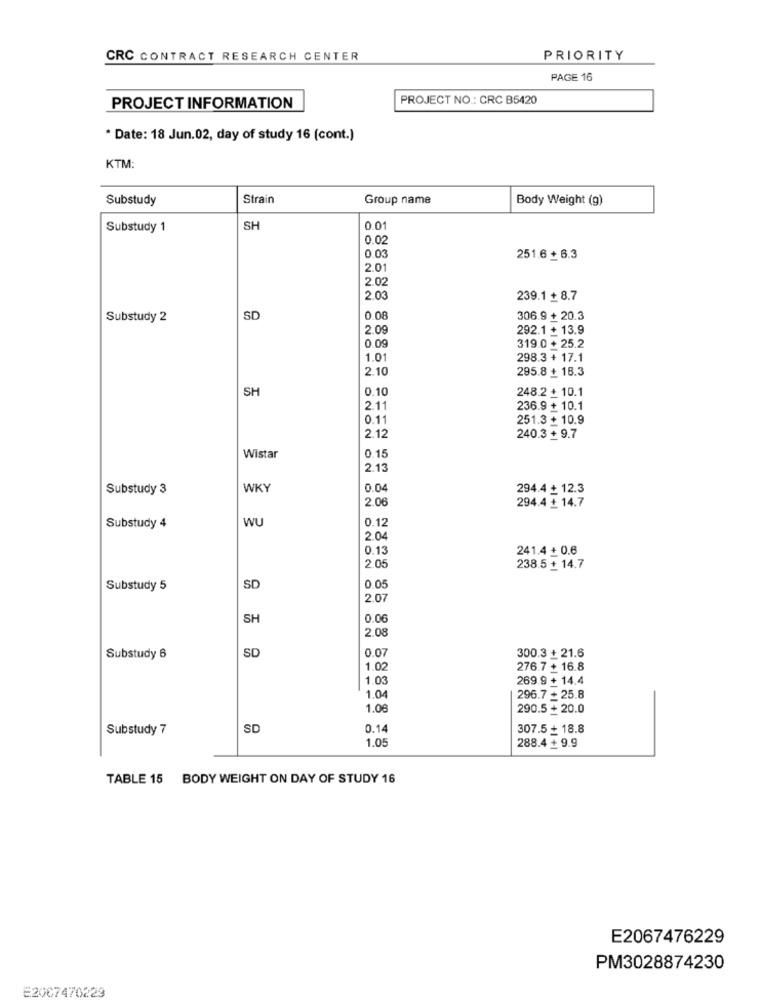
CRC CONTRACT RESEARCH CENTER
PRIORITY
PAGE 16
PROJECT NO .: CRC B5420
PROJECT INFORMATION
* Date: 18 Jun.02, day of study 16 (cont.)
KTM:
Substudy
Strain
Group name
Body Weight (g)
Substudy 1
SH
0.01
0.02
0.03
251.6 + 6.3
2.01
2.02
2.03
239.1 + 8.7
Substudy 2
SD
0.08
306.9 + 20.3
2.0
292.1 + 13.9
0.09
319.0 + 25.2
1.01
298.3 + 17.1
2.10
295.8 + 18.3
SH
0.10
248.2 + 10.1
2.11
236.9 + 10.1
0.11
251.3 + 10.9
2.12
240.3 + 9.7
Wistar
0.15
2.13
Substudy 3
WKY
0.04
294.4 + 12.3
2.06
294.4 + 14.7
WU
0.12
Substudy 4
2.0
0.13
241.4 + 0.6
2.0
238.5 + 14.7
Substudy 5
SD
0.05
2.07
SH
0.00
2.08
SD
0.07
300.3 + 21.6
Substudy 6
1.0
276.7 + 16.8
1.03
269.9 + 14.4
1.04
296.7 + 25.8
1.0€
290.5 + 20.0
Substudy 7
SD
0.1
307.5 + 18.8
1.0:
288.4 + 9.9
TABLE 15 BODY WEIGHT ON DAY OF STUDY 16
E2067476229
PM3028874230
E2007470229